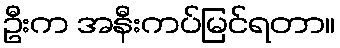
ဦးက အနီးကပ်မြင်ရတာ။